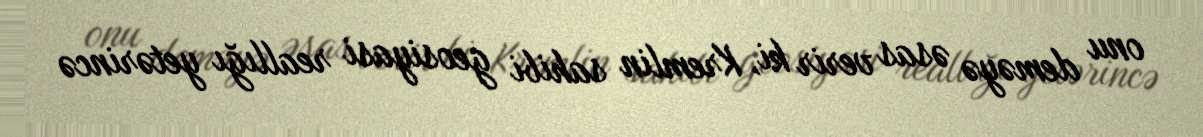
onu deməyə əsas verir ki, Kremlin sahibi geosiyasi reallığı yetərincə